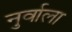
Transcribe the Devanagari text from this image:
नुर्वाला